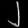
Digit: ၂